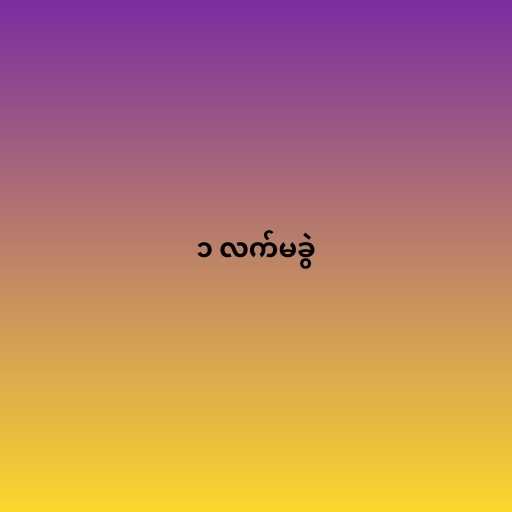
၁ လက်မခွဲ